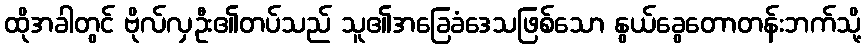
ထိုအခါတွင် ဗိုလ်လှဦး၏တပ်သည် သူ၏အခြေခံဒေသဖြစ်သော နွယ်ခွေတောတန်းဘက်သို့